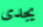
يجدى